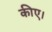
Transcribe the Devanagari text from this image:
कीए।